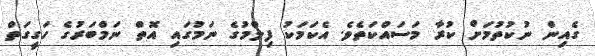
ގެއިން ނުކުތުމަށް ކުރާ މަސައްކަތެވެ. އެކަމަކު ފިލްމުގެ ނަމުގައި އޮތް ނަމްބަރުގެ ހަގީގަތް